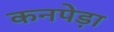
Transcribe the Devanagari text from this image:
कनपेड़ा